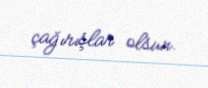
çağırışlar olsun.